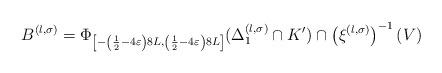
LaTeX: \begin{align*} B^{(l, \sigma)} = \Phi_{\left[ - \left( \frac{1}{2} - 4\varepsilon \right) 8L , \left( \frac{1}{2} - 4\varepsilon \right) 8L \right]} ( \Delta^{(l, \sigma)}_1 \cap K' ) \cap \left( \xi^{(l, \sigma)} \right)^{-1} ( V ) \end{align*}